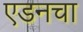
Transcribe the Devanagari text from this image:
एडनचा